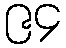
၉၄